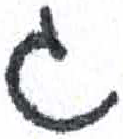
אות: ג